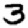
Digit: 3